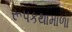
રૂપકથામાળા